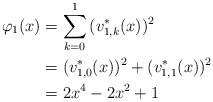
LaTeX: \begin{align*}\varphi_{1}(x)&=\sum^{1}_{k=0}{(v^*_{1,k}(x))^2}\\&=(v^*_{1,0}(x))^2+(v^*_{1,1}(x))^2\\&=2x^4-2x^2+1\end{align*}